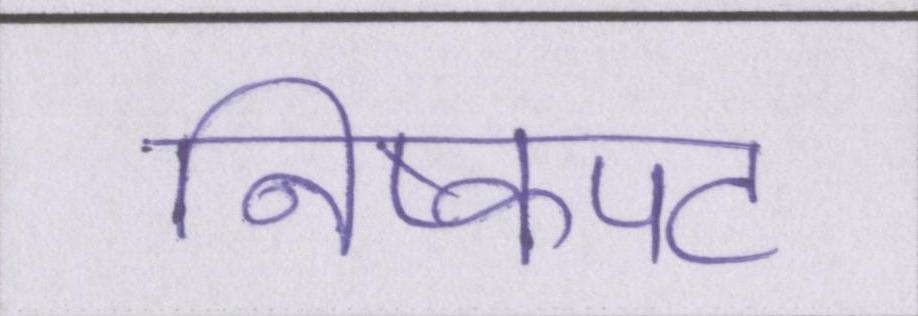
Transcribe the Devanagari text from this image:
निष्कपट